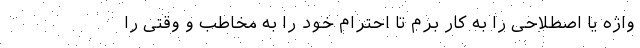
واژه یا اصطلاحی را به کار برم تا احترام خود را به مخاطب و وقتی را